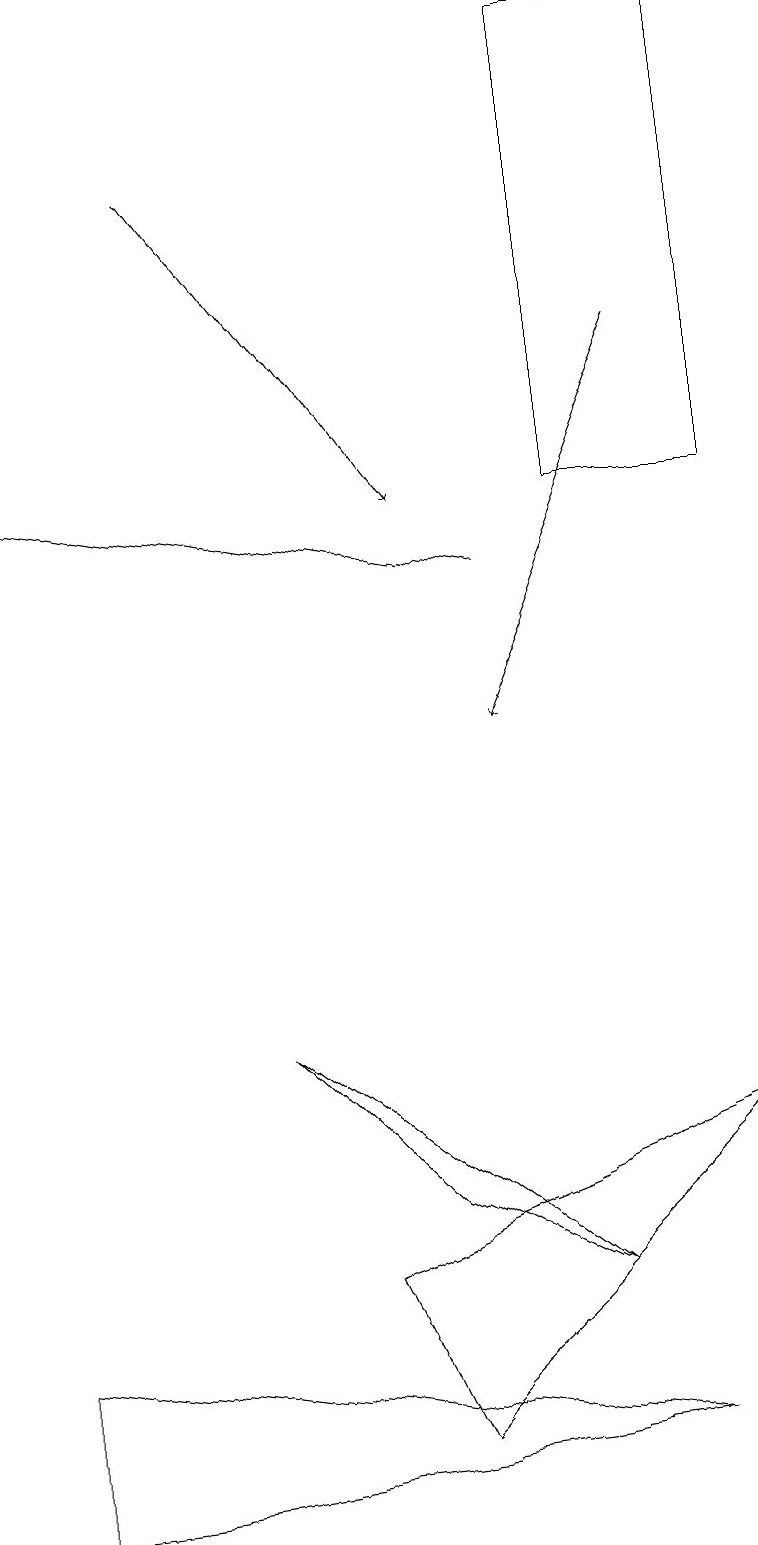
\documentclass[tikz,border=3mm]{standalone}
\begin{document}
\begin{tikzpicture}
\draw (7,13) rectangle (9,19);
\draw (4,3) -- (5,1) -- (9,5) -- cycle;
\draw (3,6) -- (5,4) -- (7,3) -- cycle;
\draw[->] (8,15) -- (6,10);
\draw (8,1) -- (0,2) -- (0,0) -- cycle;
\draw[->] (6,12) -- (0,13);
\draw[->] (2,17) -- (5,13);
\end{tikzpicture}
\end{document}